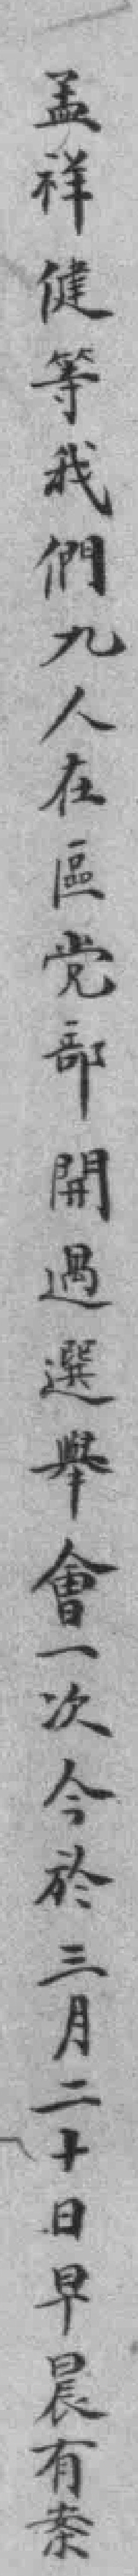
孟祥健等我們九人在區党部開過選舉會一次今於三月二十日早晨有案